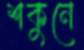
শকুনে